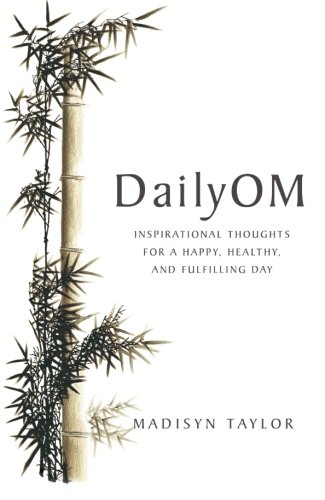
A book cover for DailyOM: Inspirational Thoughts for a Happy, Healthy, and Fulfilling Day; Madisyn Taylor; Self-Help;